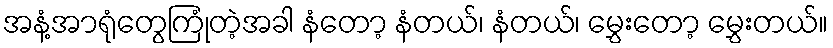
အနံ့အာရုံတွေကြုံတဲ့အခါ နံတော့ နံတယ်၊ နံတယ်၊ မွှေးတော့ မွှေးတယ်။